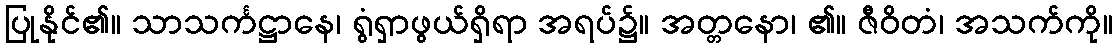
ပြုနိုင်၏။ သာသင်္ကဋ္ဌာနေ၊ ရွံရှာဖွယ်ရှိရာ အရပ်၌။ အတ္တနော၊ ၏။ ဇီဝိတံ၊ အသက်ကို။